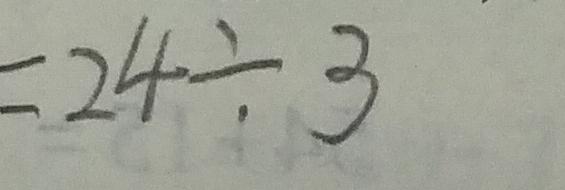
= 2 4 \div 3